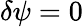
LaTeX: \delta\psi=0